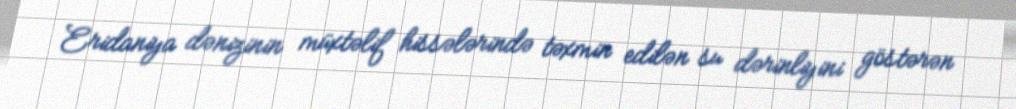
Eridaniya dənizinin müxtəlif hissələrində təxmin edilən su dərinliyini göstərən